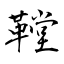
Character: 鞺